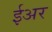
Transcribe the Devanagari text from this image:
ईअर